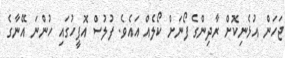
ޖަހަން އުޅެނިކޮށް ރާދިންގެ ފޯނަށް ކޯލެއް އައެވެ. ފުލުސް އޮފީހުގައި ހުންނަ އޭނާގެ